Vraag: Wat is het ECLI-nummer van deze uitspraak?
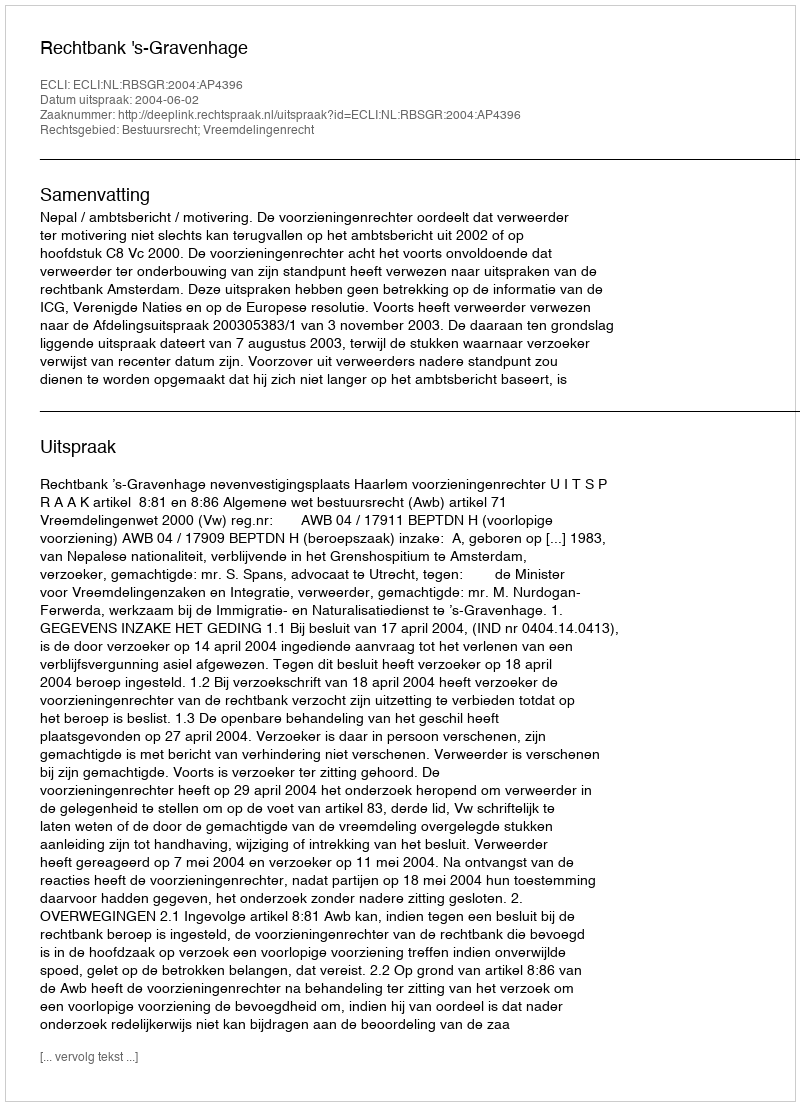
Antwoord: ECLI:NL:RBSGR:2004:AP4396